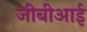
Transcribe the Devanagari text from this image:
जीबीआई